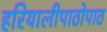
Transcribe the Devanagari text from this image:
हरियालीपाठोपाठ